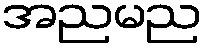
အညမည